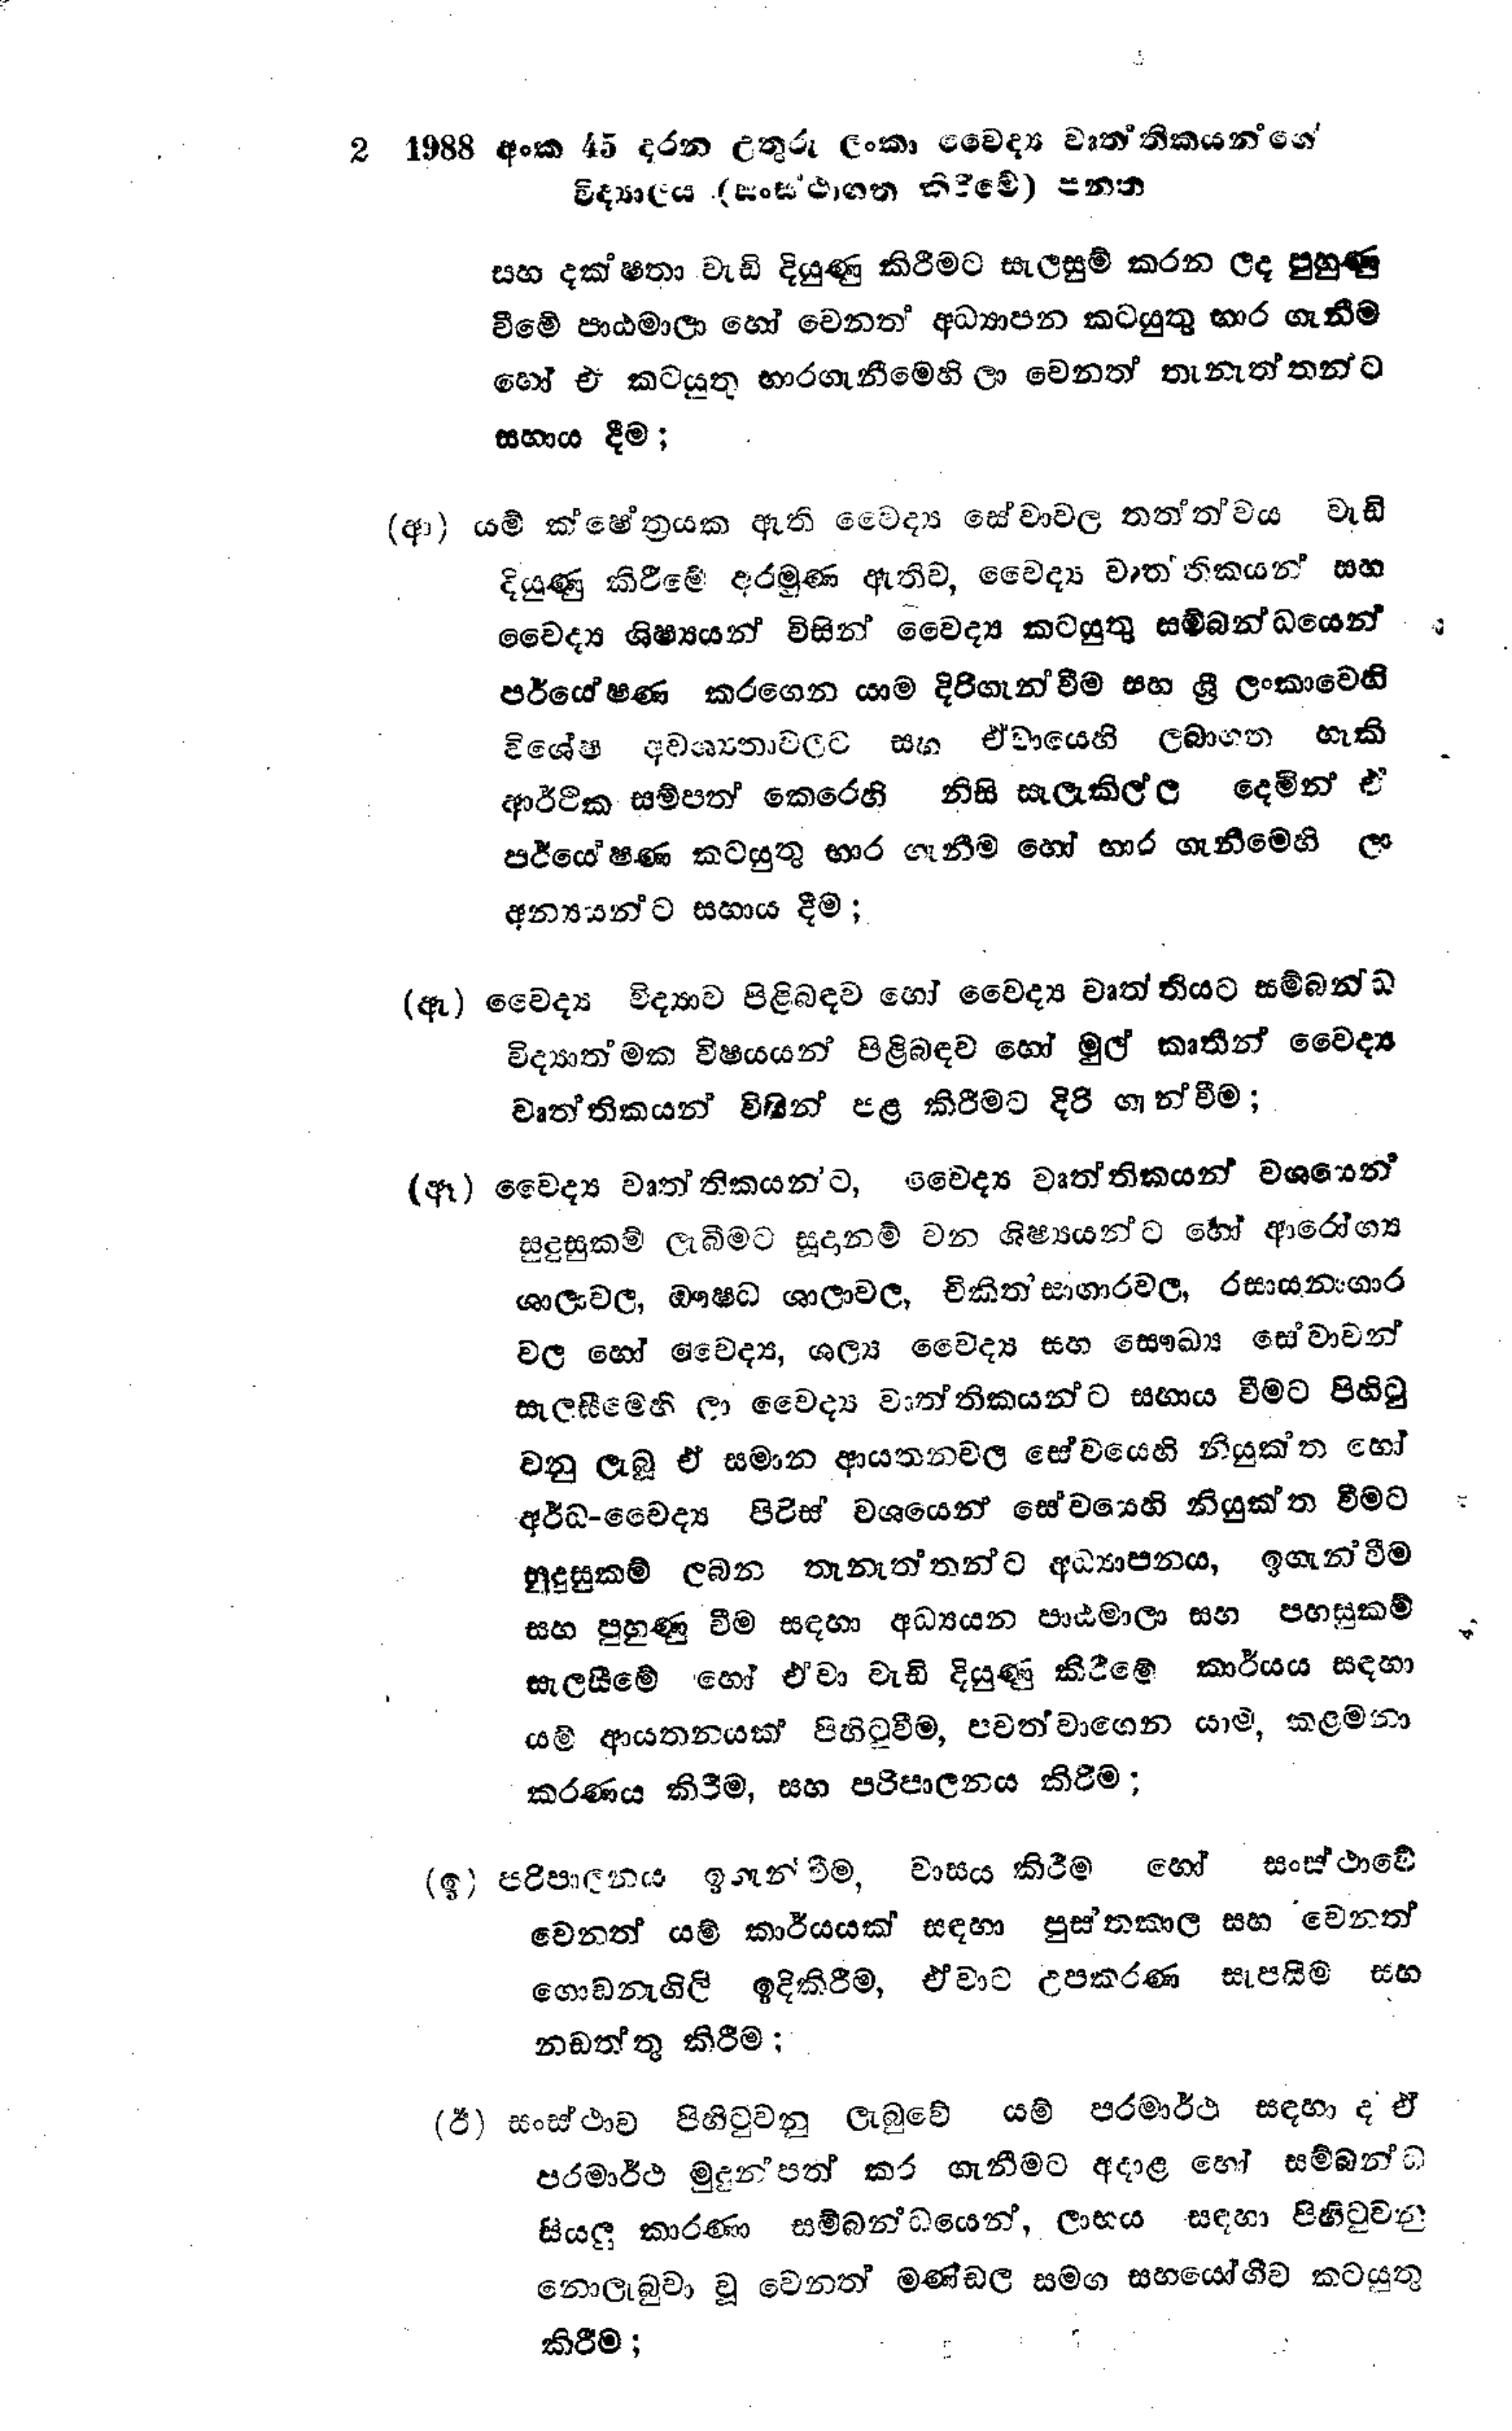
2 1988 අංක 45 දරන උතුරු ලංකා වෛද්‍ය වෘත්තිකයන්ගේ
විද්‍යාලය (සංස්ථාගත කිරීමේ) පනත

සහ දක්ෂතා වැඩි දියුණු කිරීමට සැලසුම් කරන ලද පුහුණු
වීමේ පාඨමාලා හෝ වෙනත් අධ්‍යාපන කටයුතු භාර ගැනීම
හෝ ඒ කටයුතු භාරගැනීමෙහි ලා වෙනත් තැනැත්තන්ට
සහාය දීම;

(ආ) යම් ක්ෂේත්‍රයක ඇති වෛද්‍ය සේවාවල තත්ත්වය වැඩි
දියුණු කිරීමේ අරමුණ ඇතිව, වෛද්‍ය වෘත්තිකයන් සහ
වෛද්‍ය ශිෂ්‍යයන් විසින් වෛද්‍ය කටයුතු සම්බන්ධයෙන්
පර්යේෂණ කරගෙන යාම දිරිගැන්වීම සහ ශ්‍රී ලංකාවෙහි
විශේෂ අවශ්‍යතාවලට සහ ඒවායෙහි ලබාගත හැකි
ආර්ථික සම්පත් කෙරෙහි නිසි සැලැකිල්ල දෙමින් ඒ
පර්යෙෂණ කටයුතු භාර ගැනීම හෝ භාර ගැනීමෙහි ලා
අන්‍යයන්ට සහාය දීම;

(ඇ) වෛද්‍ය විද්‍යාව පිළිබඳව හෝ වෛද්‍ය වෘත්තියට සම්බන්ධ
විද්‍යාත්මක විෂයයන් පිළිබඳව හෝ මුල් කෘතීන් වෛද්‍ය
වෘත්තිකයන් විසින් පළ කිරීමට දිරි ගැන්වීම;

(ඈ) වෛද්‍ය වෘත්තිකයන්ට,වෛද්‍ය වෘත්තිකයන් වශයෙන්
සුදුසුකම් ලැබීමට සූදානම් වන ශිෂ්‍යයන්ට හෝ ආරෝග්‍ය
ශාලාවල, ඖෂධ ශාලාවල චිකිත්සාගාරවල, රසායනාගාර
වල හෝ වෛද්‍ය, ශල්‍ය වෛද්‍ය සහ සෞඛ්‍ය සේවාවන්
සැලසීමෙහි ලා වෛද්‍ය වෘත්තිකයන්ට සහාය වීමට පිහිටු
වනු ලැබූ ඒ සමාන ආයතනවල සේවයෙහි නියුක්ත හෝ
අර්ධ-වෛද්‍ය පිරිස් වශයෙන් සේවයෙහි නියුක්ත වීමට
සුදුසුකම් ලබන තැනැත්තන්ට අධ්‍යාපනය, ඉගැන්වීම
සහ පුහුණු වීම සඳහා අධ්‍යයන පාඨමාලා සහ පහසුකම්
සැලසීමේ හෝ ඒවා වැඩි දියුණු කිරීමේ කාර්යය සඳහා
යම් ආයතනයක් පිහිටුවීම, පවත්වාගෙන යාම, කළමනා
කරණය කිරීම, සහ පරිපාලනය කිරීම;

(ඉ) පරිපාලනය ඉගැන්වීම, වාසය කිරීම හෝ සංස්ථාවේ
වෙනත් යම් කාර්යයක් සඳහා පුස්තකාල සහ වෙනත්
ගොඩනැගිලි ඉදිකිරීම, ඒවාට උපකරණ සැපයීම සහ
නඩත්තු කිරීම;

(ඊ) සංස්ථාව පිහිටුවනු ලැබුවේ යම් පරමාර්ථ සඳහා ද ඒ
පරමාර්ථ මුදුන්පත් කර ගැනීමට අදාළ හෝ සම්බන්ධ
සියලු කාරණා සම්බන්ධයෙන්, ලාභය සඳහා පිහිටුවනු
නොලැබුවා වූ වෙනත් මණ්ඩල සමග සහයෝගීව කටයුතු
කිරීම;